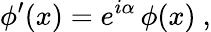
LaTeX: \phi^{\prime}(x)=e^{i\alpha}\, \phi(x)\ ,